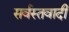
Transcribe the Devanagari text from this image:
सर्वस्तवादी